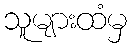
သူများထံမှ